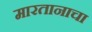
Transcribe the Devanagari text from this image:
मारतानाचा